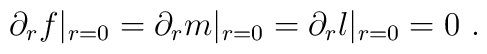
\partial_r f|_{r=0}= \partial_r m|_{r=0}= \partial_r l|_{r=0}= 0\ .